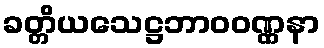
ခတ္တိယသေဋ္ဌဘာဝဝဏ္ဏနာ